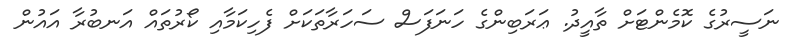
ނަސީރުގެ ކޮމެންޓަށް ތާއީދު. ޢަރަބިންގެ ހަނަފަސް ސަހަރާތަކަށް ފެހިކަމާއި ކޯރުތައް އަނބުރާ އައުން